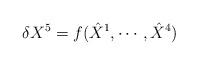
LaTeX: \begin{align*}\delta{X}^5=f(\hat{X}^1,\cdots,\hat{X}^4)\end{align*}